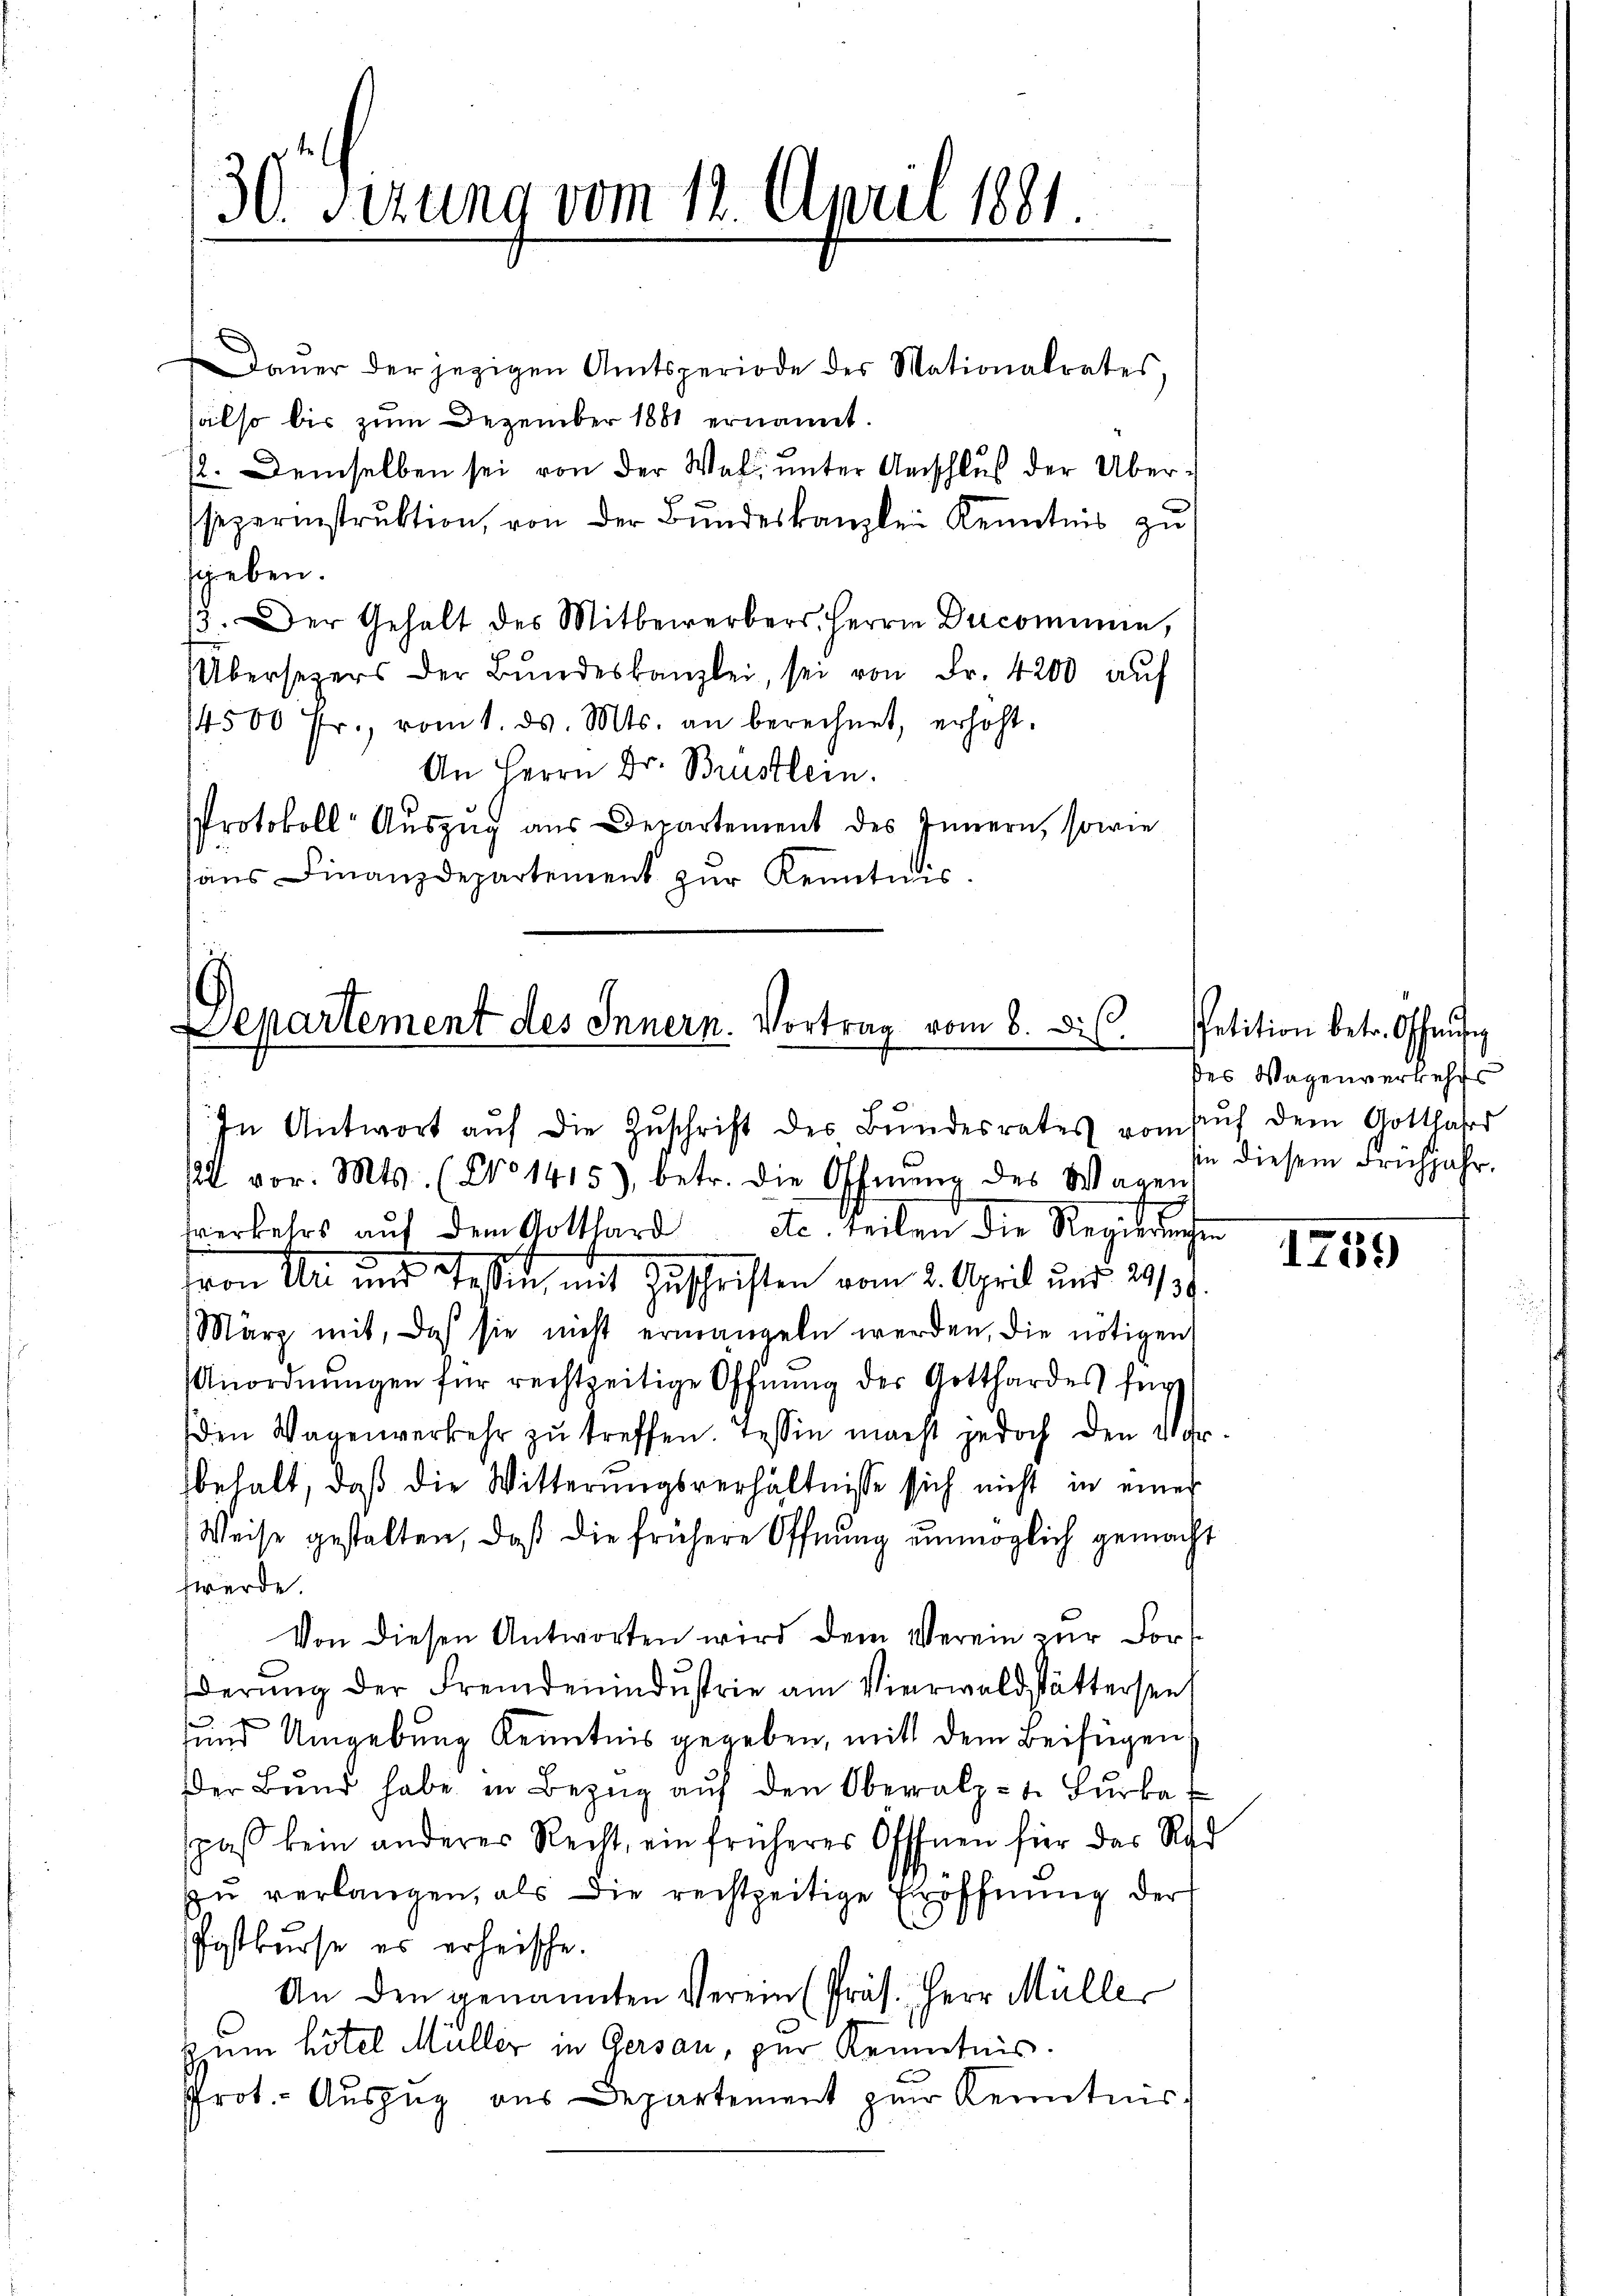
30. Sizung vom 12. April 1881.

Daŭer der jezigen Amtsperiode des Mationalrates,
halso bis zum Dezember 1881 ernannt.
12. Demselben sei von der Was unter Anschluß der Übersseparinstrŭktion, von der Bŭndeskanzlei Kenntnis zu
sheben.
3. Der Gehalt des Mitbewerbers Herrn Decommen,
Übersezers der Bŭndeskanzlei, sei von Fr. 4200 auf
14500 Fr., vom 1. ds. Mts. an berechnet, erhöht.
An Herrn Dr. Brustlein.
Protokoll Aŭszŭg aŭs Departement des Innern, sowie
sans Finanzdepartement zŭr Kenntnis.

Departement des Innern. Vortrag vom 8. dis.

In Antwort aŭf die Zŭschrift des Bŭndesrates vom Aŭf dem Gotthafer
/22 vor. Mts. (No 1415), betr. die Offnung des Wagen
werkehrs aŭf dem Gotthard etc. teilen die Regierŭngen
von Uri und Teßin mit Zuschriften vom 2. April und 29/37.
März mit, daß sie nicht ermangeln werden, die nötigen
Anordnŭngen für rechtzeitige Öffnŭng der Gotthardes für
den Wagenverkehr zŭ treffen. Tessin macht jedoch den Vor-
behalt, daß die Witterŭngsverhältnisse sich nicht in einer
Weise gestalten, daß die frühere Öffnung unmöglich gemacht
fwürde.
Von diesen Antworten wird dem Verein zur Forsderŭng der Fremdenindustrie am Vierwaldstättersen
2
und Umgebung Kenntnis gegeben, mit dem Beifügen,
Der Bŭnd habe in Bezŭg aŭf den Oberalp-t. Bŭrka
spaß kein anderer Recht, ein früheres Offfnen für das Red
zu verlangen, als die rechtzeitige Eröffnung der
Postkurse es erheische.
An den genannten Verein (Präs. Herr Mülle
zem hotel Müller in Gersau, zur Kenntnis.
Prot. Auszug aus Departement zŭr Kenntnis
.

Petition betr. Offerufe
des Wagenverkehrs
sin diesem Frühjahr.

1759